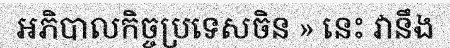
អភិបាលកិច្ចប្រទេសចិន » នេះ វានឹង